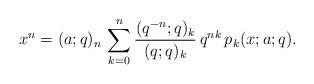
LaTeX: \begin{align*}x^n=(a;q)_n\,\sum_{k=0}^n \frac{(q^{-n};q)_k}{(q;q)_k}\,q^{nk}\,p_k(x;a;q).\end{align*}